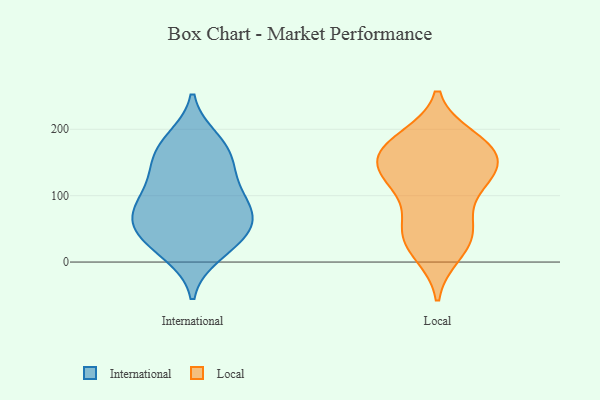
{"axis": {"x": "Temperature (°C)", "y": "Value"}, "legend": ["International", "Local"], "data": [{"x": "", "y": 23, "type": "International"}, {"x": "", "y": 156, "type": "International"}, {"x": "", "y": 95, "type": "International"}, {"x": "", "y": 68, "type": "International"}, {"x": "", "y": 116, "type": "International"}, {"x": "", "y": 77, "type": "International"}, {"x": "", "y": 13, "type": "International"}, {"x": "", "y": 65, "type": "International"}, {"x": "", "y": 120, "type": "International"}, {"x": "", "y": 40, "type": "International"}, {"x": "", "y": 42, "type": "International"}, {"x": "", "y": 175, "type": "International"}, {"x": "", "y": 184, "type": "International"}, {"x": "", "y": 69, "type": "International"}, {"x": "", "y": 157, "type": "International"}, {"x": "", "y": 45, "type": "Local"}, {"x": "", "y": 113, "type": "Local"}, {"x": "", "y": 128, "type": "Local"}, {"x": "", "y": 142, "type": "Local"}, {"x": "", "y": 46, "type": "Local"}, {"x": "", "y": 102, "type": "Local"}, {"x": "", "y": 172, "type": "Local"}, {"x": "", "y": 153, "type": "Local"}, {"x": "", "y": 54, "type": "Local"}, {"x": "", "y": 137, "type": "Local"}, {"x": "", "y": 173, "type": "Local"}, {"x": "", "y": 48, "type": "Local"}, {"x": "", "y": 124, "type": "Local"}, {"x": "", "y": 187, "type": "Local"}, {"x": "", "y": 158, "type": "Local"}, {"x": "", "y": 170, "type": "Local"}, {"x": "", "y": 15, "type": "Local"}, {"x": "", "y": 187, "type": "Local"}, {"x": "", "y": 12, "type": "Local"}]}